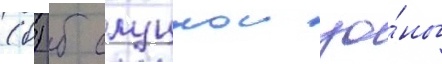
(б) б слуцкои зо́ны